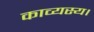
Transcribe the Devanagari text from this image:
काव्यस्य।